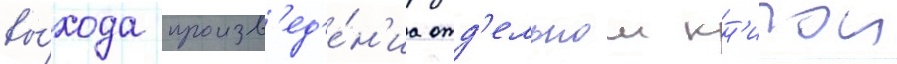
вы́хода произв'ед'е́н'иа отд'ельнои кн'игои